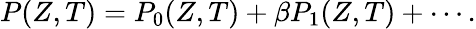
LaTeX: P(Z,T)=P_{0}(Z,T)+\beta P_{1}(Z,T)+\cdots.